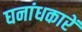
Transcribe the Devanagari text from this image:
घनांधकारें